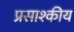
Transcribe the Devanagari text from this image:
प्रसाश्कीय